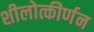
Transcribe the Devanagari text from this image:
शीलोत्कीर्णन